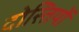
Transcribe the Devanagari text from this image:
दोस्तियों